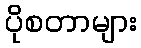
ပိုစတာများ